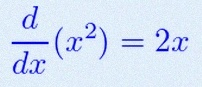
\frac{d}{dx}(x^2)=2x